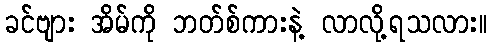
ခင်ဗျား အိမ်ကို ဘတ်စ်ကားနဲ့ လာလို့ရသလား။